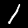
Label: 1